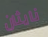
نايثان